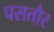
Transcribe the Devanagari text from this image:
पसतौर